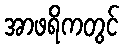
အာဖရိကတွင်